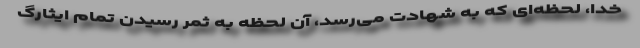
خدا، لحظه‌ای که به شهادت می‌رسد، آن لحظه به ثمر رسیدن تمام ایثارگ